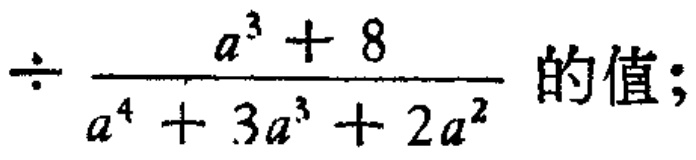
\(\div\frac{a^{3}+8}{a^{4}+3a^{3}+2a^{2}}\)